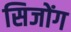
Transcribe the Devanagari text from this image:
सिजोंग